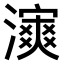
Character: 𤀿